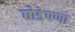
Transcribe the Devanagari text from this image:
घोडेपणा